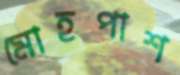
মোহপাশ